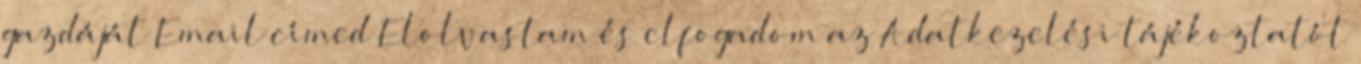
gazdáját Email címed Elolvastam és elfogadom az Adatkezelési tájékoztatót